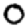
Digit: 0